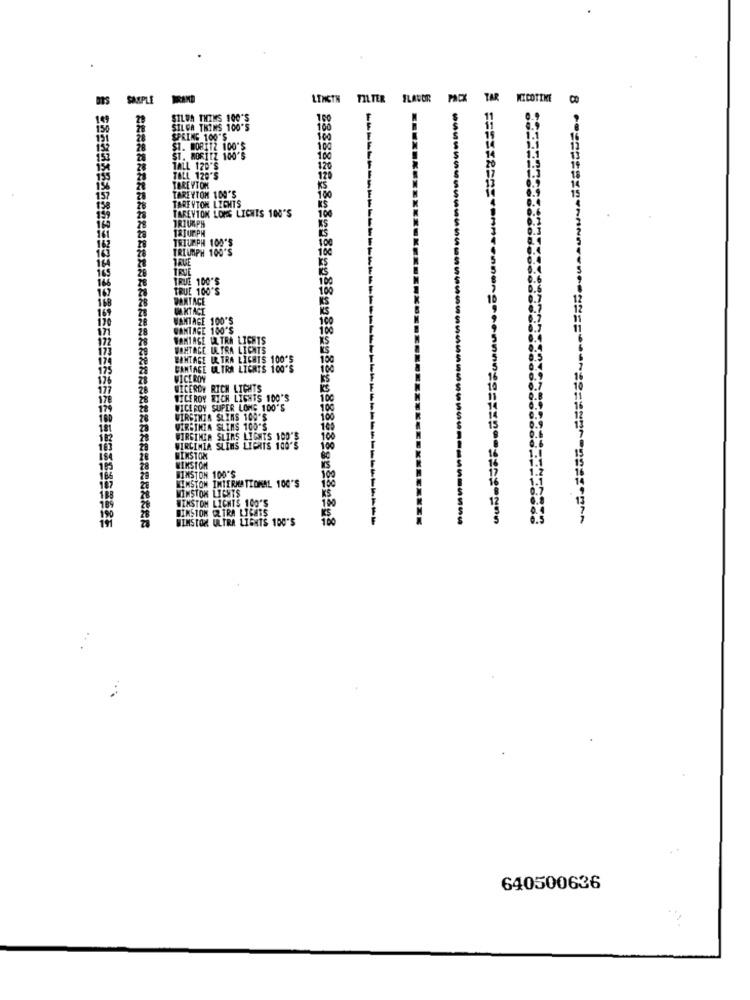
SAMPLE
LENGTH
TILTER FLAVOR
PACK
TAR MICOTIKE
CO
SILWA THINS 100'S
SIL CA THINS 100'S
100
SPRING 100'S
100
ST. MORITZ 100*8
100
153
28
100
TALL 120'S
120
155
TOLL 120'S
120
TAREYTON 100'S
TEREVTOM
KS
100
158
TAREVION LONG LIGHTS 100'S
TARE VTON LIGHTS
KS
TRIUMPH
100
TRIUMPH
TRIUMPH 100'S
100
TRIUMPH 100'S
TRUE
TRUE
100
une
TRUE 100'S
TRUE 100'S
100
VANTACE
W.KTACI
VANTAGE 100'S
100
VANTAGE 150'S
WANIASE ULTRA LIGHTS
WONTAGE ULTRA LICHTS
BONTAGE ULTRA LICHTS 100'5
100
BANTAGE ULTRA LIGHTS 100'S
100
WICERON
ES
CERDY RICH LIGHTS
WICEROY WICH LIGHTS 100'S
100
VICEROY SUPER LONG 100'S
100
WIRGINIA SLINS 109'S
100
VIRGINIA SLIMS 100'S
WIRGINIA SLIMS LIGHTS 100'S
100
WIRCIMIA SLINS LIGHTS 100'S
100
WINSTON
WINSTON
WINSTON 100'S
100
MOMSTOW INTERNATIONAL 100'S
MINSTOM LIGHTS
WINSTON LICHTS 100'S
KS
100
WINSTON ZTRA LIGHTS
WINSTON ULTRA LIGHTS 100'S
...
640500636